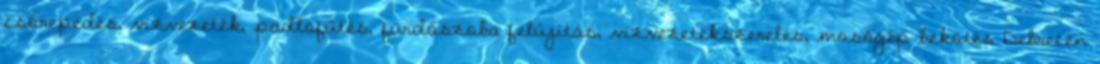
csőrepedés, vízvezeték, padlófűtés, fürdőszoba felújítás, vízvezetékszerelés, mosógép bekötés Debrecen